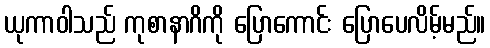
ယုကာဝါသည် ကုစာနာဂိကို ပြောကောင်း ပြောပေလိမ့်မည်။